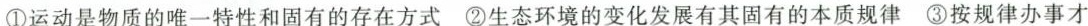
①运动是物质的唯一特性和固有的存在方式 ②生态环境的变化发展有其固有的本质规律 ③按规律办事才